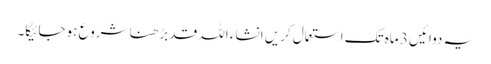
یہ دوائیں 3 ماہ تک استعمال کریں انشاء اللہ قد بڑھنا شروع ہوجائیگا۔